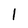
Character: 1